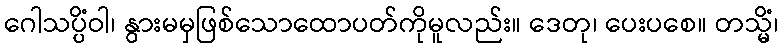
ဂေါသပ္ပိံဝါ၊ နွားမမှဖြစ်သောထောပတ်ကိုမူလည်း။ ဒေတု၊ ပေးပစေ။ တသ္မိံ၊